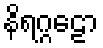
နိရဂ္ဂဠော